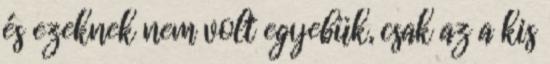
és ezeknek nem volt egyebük, csak az a kis